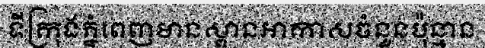
ទីក្រុងភ្នំពេញមានស្ពានអាកាសចំនួនប៉ុន្មាន